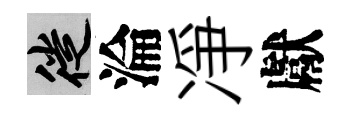
徙淪凈獻